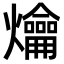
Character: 𤓀